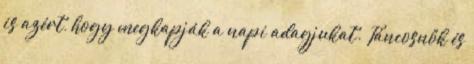
is azért, hogy megkapják a napi adagjukat. Táncosnők és